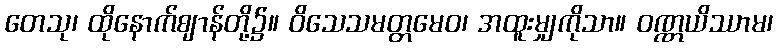
တေသု၊ ထိုနောက်ဈာန်တို့၌။ ဝိသေသမတ္တမေဝ၊ အထူးမျှကိုသာ။ ဝဏ္ဏယိဿာမ၊